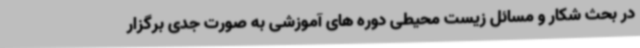
در بحث شکار و مسائل زیست محیطی دوره های آموزشی به صورت جدی برگزار